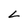
Character: L